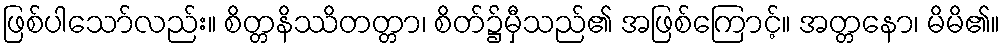
ဖြစ်ပါသော်လည်း။ စိတ္တနိဿိတတ္တာ၊ စိတ်၌မှီသည်၏ အဖြစ်ကြောင့်။ အတ္တနော၊ မိမိ၏။